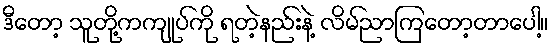
ဒီတော့ သူတို့ကကျုပ်ကို ရတဲ့နည်းနဲ့ လိမ်ညာကြတော့တာပေါ့။